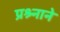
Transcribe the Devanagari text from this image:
प्रश्र्नाने